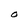
Character: O